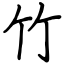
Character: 竹